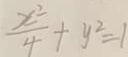
\frac { x ^ { 2 } } { 4 } + y ^ { 2 } = 1